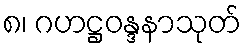
၈၊ ဂဟဋ္ဌဝန္ဒနာသုတ်